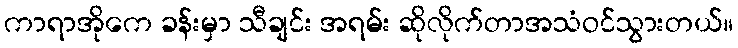
ကာရာအိုကေ ခန်းမှာ သီချင်း အရမ်း ဆိုလိုက်တာအသံဝင်သွားတယ်။